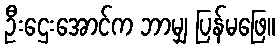
ဦးဌေးအောင်က ဘာမျှ ပြန်မဖြေ။